Report of the Bombay Veterinary College
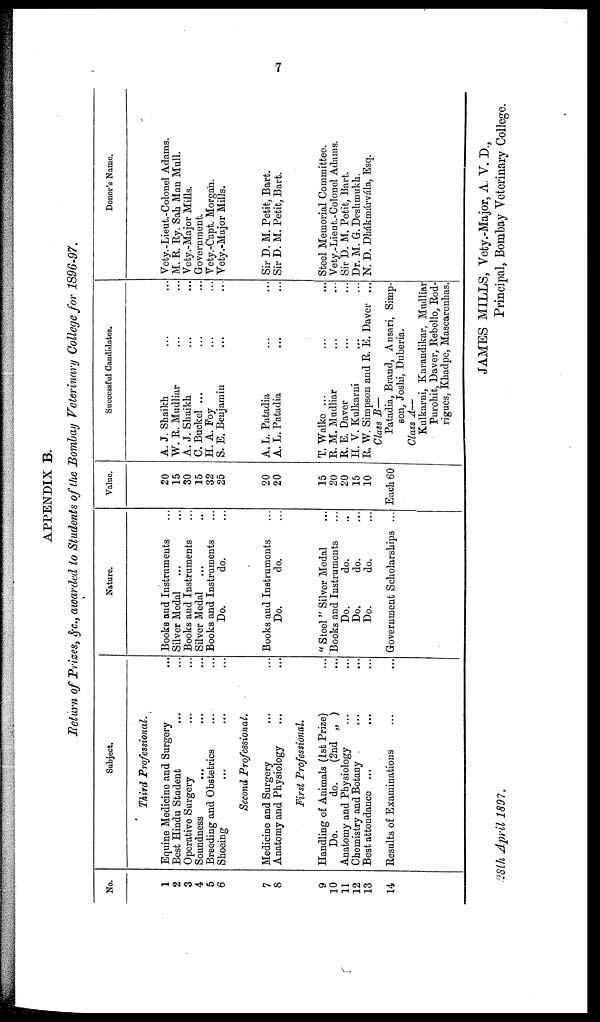
7
APPENDIX B.
Return of Prizes, &c., awarded to Students of the Bombay Veterinary College for 1896-97.
No.
1
2
3
4
5
6
7
8
9
10
11
12
13
14
Subject.
Third Professional.
Equine Medicine and Surgery
Best Hindu Student
Operative Surgery
Soundness ...
Breeding and Obstetrics
Shoeing ...
...
...
...
...
...
Second Professional.
Medicine and Surgery
Anatomy and Physiology
...
...
First Professional.
Handling of Animals (1st Prize)
Do.
do.
(2nd „ )
Anatomy and Physiology
Chemistry and Botany
Best attendance ...
Results of Examinations
...
...
...
...
...
...
...
...
...
...
...
...
...
...
...
...
...
...
...
Nature.
Books and Instruments
Silver Medal ...
Books and Instruments
Silver Medal ...
Books and Instruments
Do.
do.
Books and Instruments
Do.
do.
"Steel" Silver Medal
Books and Instruments
Do.
do.
Do.
do.
Do.
do.
Government Scholarships
...
...
...
...
...
...
...
...
...
...
...
...
...
...
Value.
20
15
30
15
32
25
20
20
15
20
20
15
10
Each 60
Successful Candidates.
A. J. Shaikh
W. R. Mudliar
A. J. Shaikh
C. Buckel ...
H. A. Poy
S. E. Benjamin
A. L. Patadia
A. L. Patadia
T. Walke ...
R. M. Mudliar
R. E. Daver
H. Y. Kulkarni
...
...
...
...
...
...
...
...
...
...
...
...
...
...
...
...
...
...
...
...
...
...
...
...
R. W. Simpson and R. E. Daver ...
Class B—
Patadia, Brand, Ansari, Simp-
son, Joshi, Duberia.
Class A—
Kulkarni, Karandikar, Mudliar
Purohit, Daver, Rebello, Rod-
rigues, Khadpe, Mascarenhas.
Donor's Name.
Vety.-Lieut.-Colonel Adams.
M. R. Ry. Sah Man Mull.
Vety.-Major Mills.
Government.
Vety.-Capt. Morgan.
Vety.-Major Mills.
Sir D. M. Petit, Bart.
Sir D. M. Petit, Bart.
Steel Memorial Committee.
Vety.-Lieut.-Colonel Adams.
Sir D. M. Petit, Bart.
Dr. M. G. Deshmukh.
N. D. Dhákmárvála, Esq.
JAMES MILLS, Vety.-Major, A. V. D.,
28th April
1897.
Principal, Bombay Veterinary College.